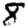
Digit: 8